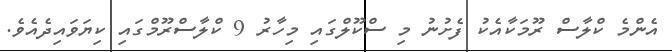
އެންމެ ކްލާސް ރޫމަކާއެކު ފެށުނު މި ސްކޫލްގައި މިހާރު 9 ކްލާސްރޫމްގައި ކިޔަވައިދެއެވެ.